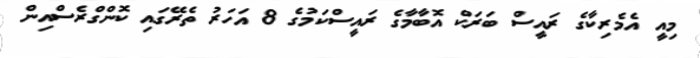
މިއީ އެމެރިކާގެ ރައީސް ބަރަކް އޮބާމާގެ ރައީސްކަމުގެ 8 އަހަރު ތެރޭގައި ކޮންގްރެސްއިން